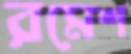
রমেশ